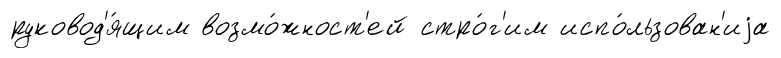
руковод'я́щим возмо́жност'ей стро́г'им испо́льзован'иjа